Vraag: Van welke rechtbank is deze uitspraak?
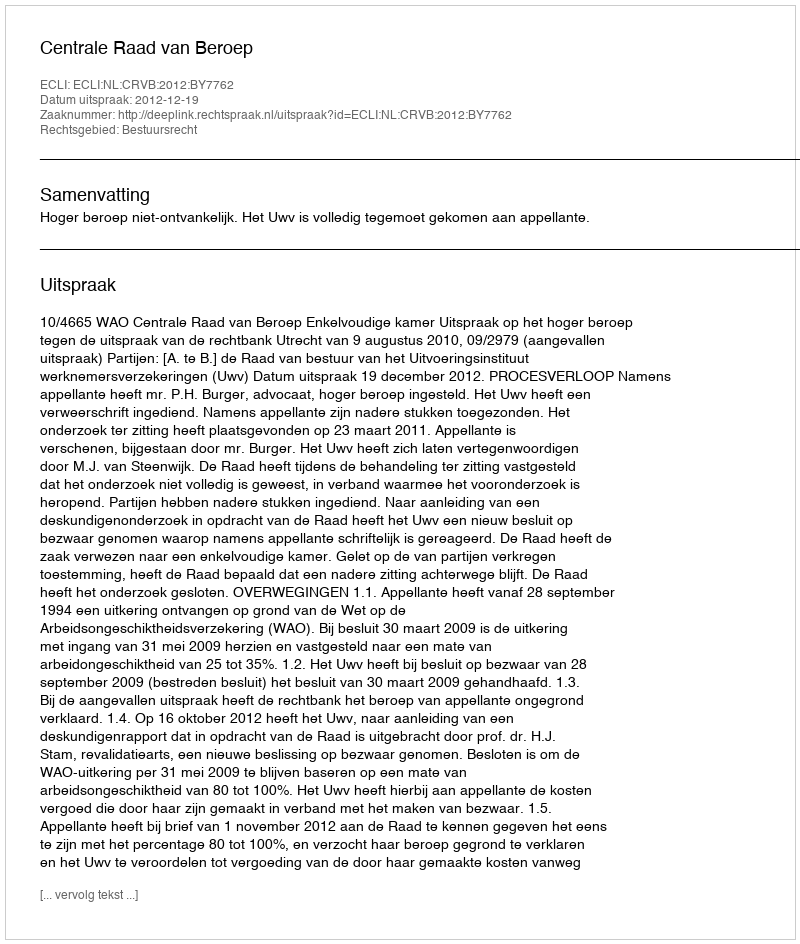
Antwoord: Centrale Raad van Beroep